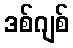
ဒစ်ဂျစ်